Document type: Sale
Year: 1326
Scribe: Bartomeu Marc
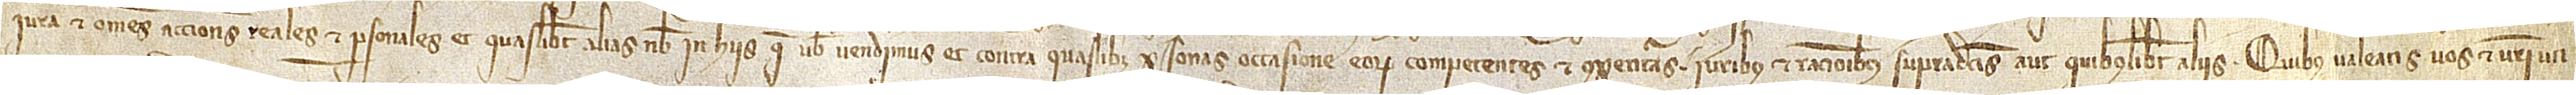
iura et omnes acciones reales et personales et quaslibet alias nobis in hiis que vobis vendimus et contra quaslibet personas occasione eorum competentes et competituras, iuribus et racionibus supradictis aut quibuslibet aliis, quibus valeatis vos et vestri uti